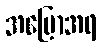
အပြောအရ